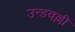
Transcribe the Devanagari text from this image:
उन्डवल्ली